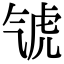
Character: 𣱤